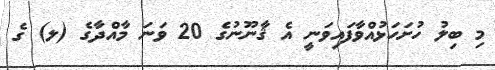
މި ބިލު ހުށަހަޅުއްވާފައިވަނީ އެ ޤާނޫނުގެ 20 ވަނަ މާއްދާގެ (ލ) ގެ